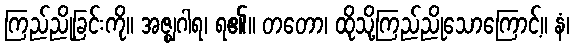
ကြည်ညိုခြင်းကို။ အဇ္ဈဂါရ၊ ရ၏။ တတော၊ ထိုသို့ကြည်ညိုသောကြောင့်။ နံ၊